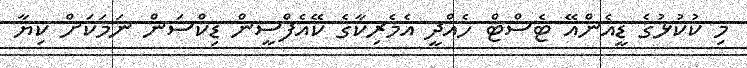
މި ކުކުޅުގެ ޑީއެންއޭ ޓެސްޓް ހެއްދީ އެމެރިކާގެ ކޭއެފްސީން ޑިކްސަން ނަމަކަށް ކިޔާ